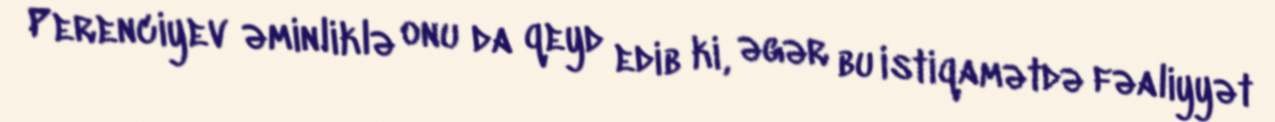
Perenciyev əminliklə onu da qeyd edib ki, əgər bu istiqamətdə fəaliyyət